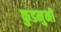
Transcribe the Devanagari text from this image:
कुडमुनी